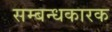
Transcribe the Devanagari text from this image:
सम्बन्धकारक